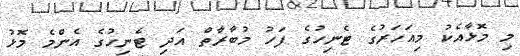
މި މޮޅާއެކު މިއަހަރުގެ ޓެނިހުގެ ފަހު މުބާރާތް އަދި ޓެނިހުގެ އެންމެ މޮޅު